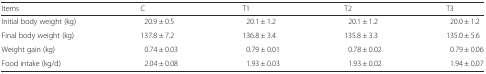
<table><thead><tr><td><b>Items</b></td><td><b>C</b></td><td><b>T1</b></td><td><b>T2</b></td><td><b>T3</b></td></tr></thead><tbody><tr><td>Initial body weight (kg)</td><td>20.9 ± 0.5</td><td>20.1 ± 1.2</td><td>20.1 ± 1.2</td><td>20.0 ± 1.2</td></tr><tr><td>Final body weight (kg)</td><td>137.8 ± 7.2</td><td>136.8 ± 3.4</td><td>135.8 ± 3.3</td><td>135.0 ± 5.6</td></tr><tr><td>Weight gain (kg)</td><td>0.74 ± 0.03</td><td>0.79 ± 0.01</td><td>0.78 ± 0.02</td><td>0.79 ± 0.06</td></tr><tr><td>Food intake (kg/d)</td><td>2.04 ± 0.08</td><td>1.93 ± 0.03</td><td>1.93 ± 0.02</td><td>1.94 ± 0.07</td></tr></tbody></table>